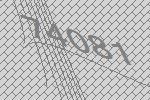
74081